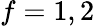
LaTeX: f=1,2